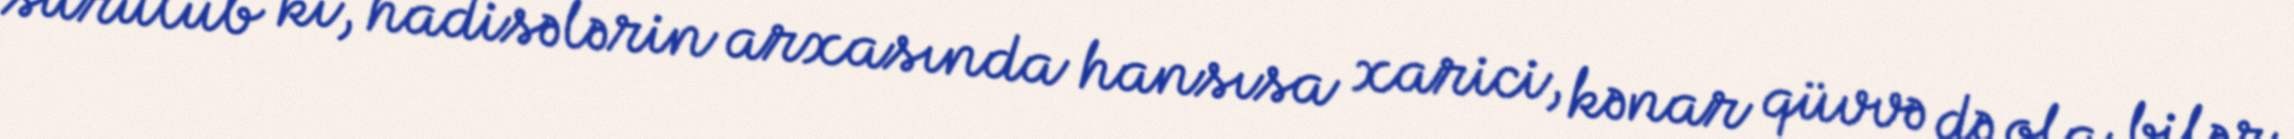
sürülüb ki, hadisələrin arxasında hansısa xarici, kənar qüvvə də ola bilər.